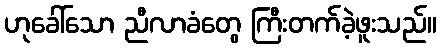
ဟုခေါ်သော ညီလာခံတွေ ကြီးတက်ခဲ့ဖူးသည်။